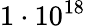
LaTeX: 1\cdot 10^{18}